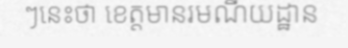
ៗនេះថា ខេត្តមានរមណីយដ្ឋាន